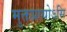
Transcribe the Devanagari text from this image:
मुक्तप्रायोऽसि